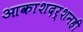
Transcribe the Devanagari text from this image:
आकाशदर्शनही